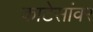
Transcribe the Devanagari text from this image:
काटेसांवर